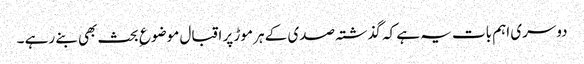
دوسری اہم بات یہ ہے کہ گذشتہ صدی کے ہر موڑ پر اقبال موضوع ِ بحث بھی بنے رہے ۔